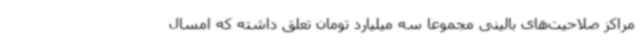
مراکز صلاحیت‌های بالینی مجموعا سه میلیارد تومان تعلق داشته که امسال